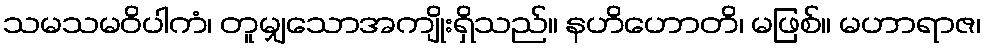
သမသမဝိပါကံ၊ တူမျှသောအကျိုးရှိသည်။ နဟိဟောတိ၊ မဖြစ်။ မဟာရာဇ၊